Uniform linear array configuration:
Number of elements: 32
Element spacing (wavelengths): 0.25
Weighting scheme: kaiser
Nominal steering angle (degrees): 30
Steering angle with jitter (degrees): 30.014
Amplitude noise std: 0.05
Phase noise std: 0.05

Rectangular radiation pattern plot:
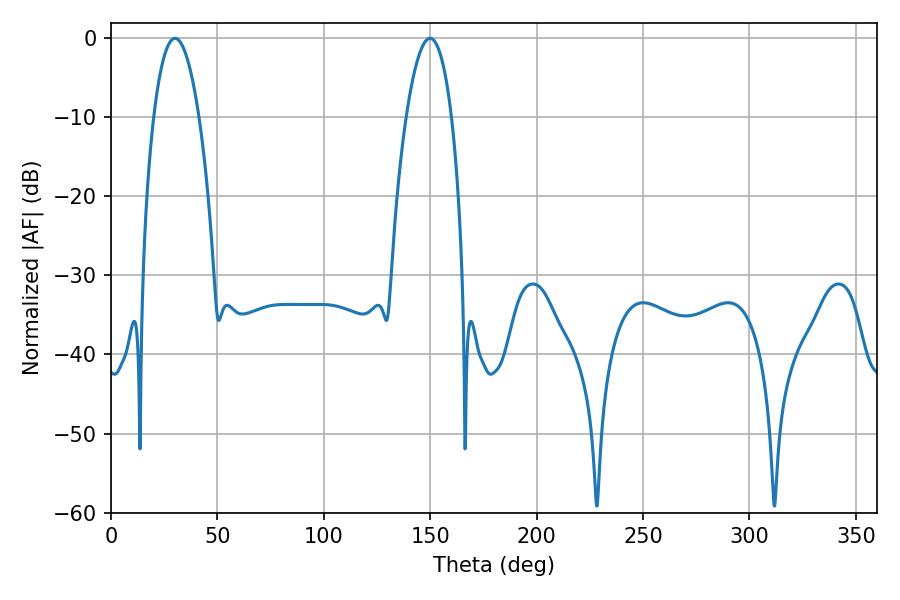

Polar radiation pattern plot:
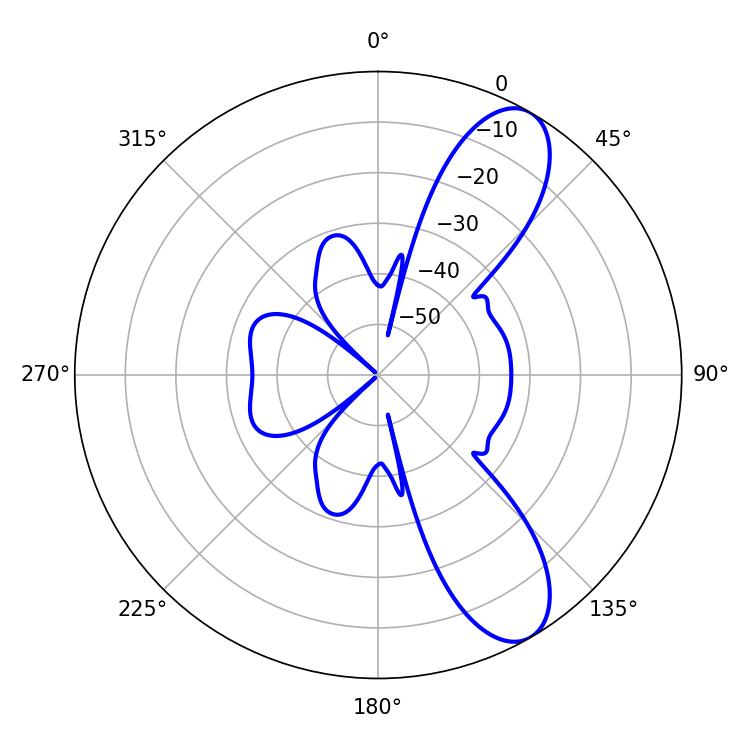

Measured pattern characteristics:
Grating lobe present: FALSE
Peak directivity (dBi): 9.546
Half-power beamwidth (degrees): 11.88
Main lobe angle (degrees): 30.06